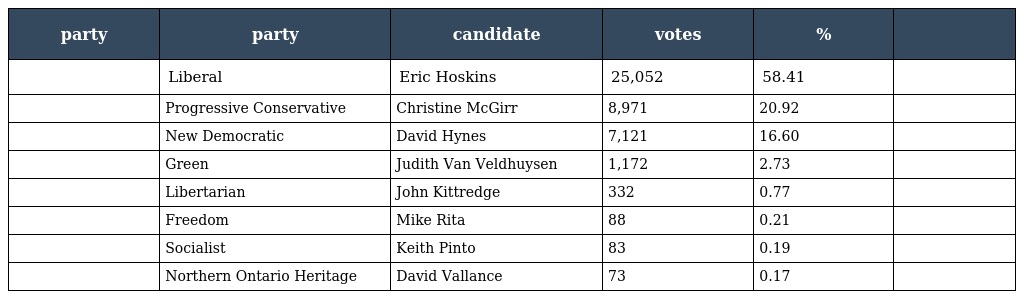
| party | party | candidate | votes | % |  |
 | --- | --- | --- | --- | --- | --- |
 |  | Liberal | Eric Hoskins | 25,052 | 58.41 |  |
 |  | Progressive Conservative | Christine McGirr | 8,971 | 20.92 |  |
 |  | New Democratic | David Hynes | 7,121 | 16.60 |  |
 |  | Green | Judith Van Veldhuysen | 1,172 | 2.73 |  |
 |  | Libertarian | John Kittredge | 332 | 0.77 |  |
 |  | Freedom | Mike Rita | 88 | 0.21 |  |
 |  | Socialist | Keith Pinto | 83 | 0.19 |  |
 |  | Northern Ontario Heritage | David Vallance | 73 | 0.17 |  |